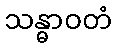
သန္ဓာဝတံ